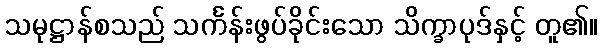
သမုဋ္ဌာန်စသည် သင်္ကန်းဖွပ်ခိုင်းသော သိက္ခာပုဒ်နှင့် တူ၏။